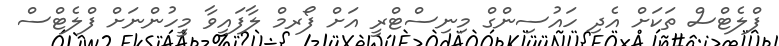
ފްލެޓްސް ތަކަށް އެދި ހައުސިންގް މިނިސްޓްރީ އަށް ފޯރމް ލާފައިވާ މީހުންނަށް ފްލެޓްސް